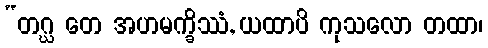
“တဂ္ဃ တေ အဟမက္ခိဿံ, ယထာပိ ကုသလော တထာ၊